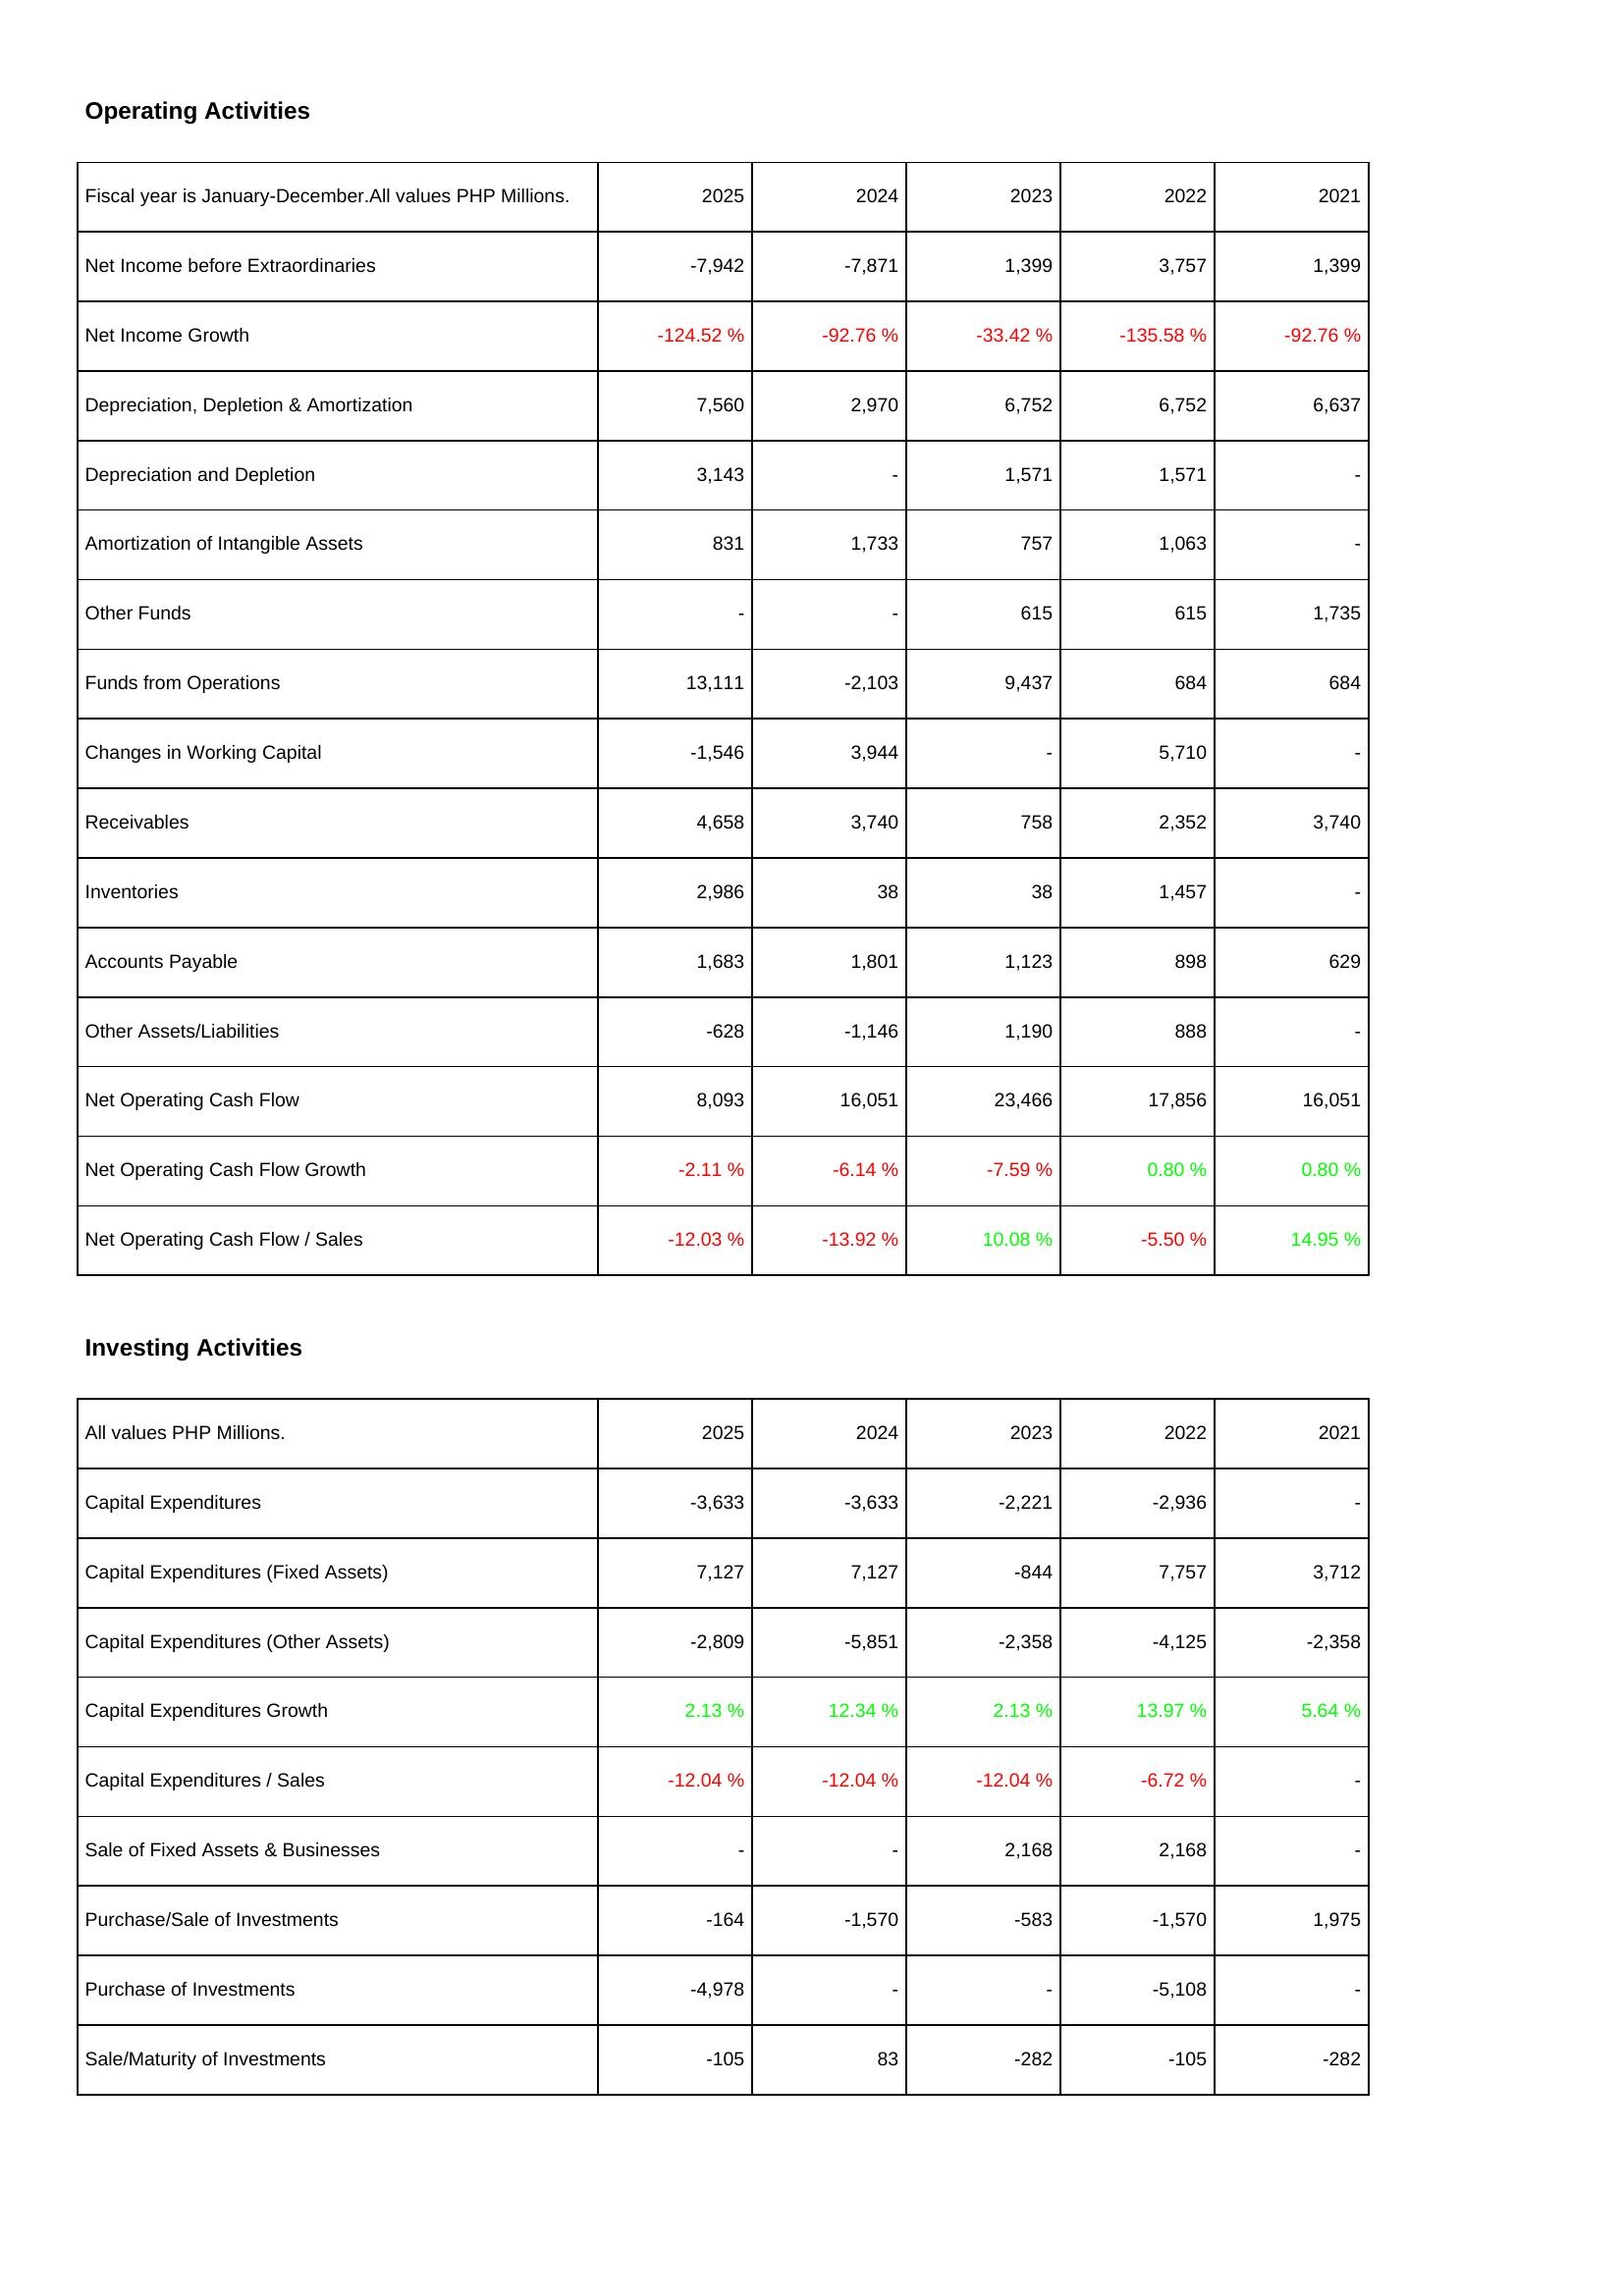
2025: Operating Activities: Net Income before Extraordinaries: -7,942
Net Income Growth: -124.52 %
Depreciation, Depletion & Amortization: 7,560
Depreciation and Depletion: 3,143
Amortization of Intangible Assets: 831
Other Funds: -
Funds from Operations: 13,111
Changes in Working Capital: -1,546
Receivables: 4,658
Inventories: 2,986
Accounts Payable: 1,683
Other Assets/Liabilities: -628
Net Operating Cash Flow: 8,093
Net Operating Cash Flow Growth: -2.11 %
Net Operating Cash Flow / Sales: -12.03 %
Investing Activities: Capital Expenditures: -3,633
Capital Expenditures (Fixed Assets): 7,127
Capital Expenditures (Other Assets): -2,809
Capital Expenditures Growth: 2.13 %
Capital Expenditures / Sales: -12.04 %
Sale of Fixed Assets & Businesses: -
Purchase/Sale of Investments: -164
Purchase of Investments: -4,978
Sale/Maturity of Investments: -105
2024: Operating Activities: Net Income before Extraordinaries: -7,871
Net Income Growth: -92.76 %
Depreciation, Depletion & Amortization: 2,970
Depreciation and Depletion: -
Amortization of Intangible Assets: 1,733
Other Funds: -
Funds from Operations: -2,103
Changes in Working Capital: 3,944
Receivables: 3,740
Inventories: 38
Accounts Payable: 1,801
Other Assets/Liabilities: -1,146
Net Operating Cash Flow: 16,051
Net Operating Cash Flow Growth: -6.14 %
Net Operating Cash Flow / Sales: -13.92 %
Investing Activities: Capital Expenditures: -3,633
Capital Expenditures (Fixed Assets): 7,127
Capital Expenditures (Other Assets): -5,851
Capital Expenditures Growth: 12.34 %
Capital Expenditures / Sales: -12.04 %
Sale of Fixed Assets & Businesses: -
Purchase/Sale of Investments: -1,570
Purchase of Investments: -
Sale/Maturity of Investments: 83
2023: Operating Activities: Net Income before Extraordinaries: 1,399
Net Income Growth: -33.42 %
Depreciation, Depletion & Amortization: 6,752
Depreciation and Depletion: 1,571
Amortization of Intangible Assets: 757
Other Funds: 615
Funds from Operations: 9,437
Changes in Working Capital: -
Receivables: 758
Inventories: 38
Accounts Payable: 1,123
Other Assets/Liabilities: 1,190
Net Operating Cash Flow: 23,466
Net Operating Cash Flow Growth: -7.59 %
Net Operating Cash Flow / Sales: 10.08 %
Investing Activities: Capital Expenditures: -2,221
Capital Expenditures (Fixed Assets): -844
Capital Expenditures (Other Assets): -2,358
Capital Expenditures Growth: 2.13 %
Capital Expenditures / Sales: -12.04 %
Sale of Fixed Assets & Businesses: 2,168
Purchase/Sale of Investments: -583
Purchase of Investments: -
Sale/Maturity of Investments: -282
2022: Operating Activities: Net Income before Extraordinaries: 3,757
Net Income Growth: -135.58 %
Depreciation, Depletion & Amortization: 6,752
Depreciation and Depletion: 1,571
Amortization of Intangible Assets: 1,063
Other Funds: 615
Funds from Operations: 684
Changes in Working Capital: 5,710
Receivables: 2,352
Inventories: 1,457
Accounts Payable: 898
Other Assets/Liabilities: 888
Net Operating Cash Flow: 17,856
Net Operating Cash Flow Growth: 0.80 %
Net Operating Cash Flow / Sales: -5.50 %
Investing Activities: Capital Expenditures: -2,936
Capital Expenditures (Fixed Assets): 7,757
Capital Expenditures (Other Assets): -4,125
Capital Expenditures Growth: 13.97 %
Capital Expenditures / Sales: -6.72 %
Sale of Fixed Assets & Businesses: 2,168
Purchase/Sale of Investments: -1,570
Purchase of Investments: -5,108
Sale/Maturity of Investments: -105
2021: Operating Activities: Net Income before Extraordinaries: 1,399
Net Income Growth: -92.76 %
Depreciation, Depletion & Amortization: 6,637
Depreciation and Depletion: -
Amortization of Intangible Assets: -
Other Funds: 1,735
Funds from Operations: 684
Changes in Working Capital: -
Receivables: 3,740
Inventories: -
Accounts Payable: 629
Other Assets/Liabilities: -
Net Operating Cash Flow: 16,051
Net Operating Cash Flow Growth: 0.80 %
Net Operating Cash Flow / Sales: 14.95 %
Investing Activities: Capital Expenditures: -
Capital Expenditures (Fixed Assets): 3,712
Capital Expenditures (Other Assets): -2,358
Capital Expenditures Growth: 5.64 %
Capital Expenditures / Sales: -
Sale of Fixed Assets & Businesses: -
Purchase/Sale of Investments: 1,975
Purchase of Investments: -
Sale/Maturity of Investments: -282